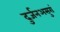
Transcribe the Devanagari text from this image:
दुर्जनअसुरां